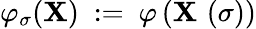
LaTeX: \varphi_{\sigma}(\mathbf{X})\ :=\ \varphi\left(\mathbf{X}\, \left(\sigma\right)\right)